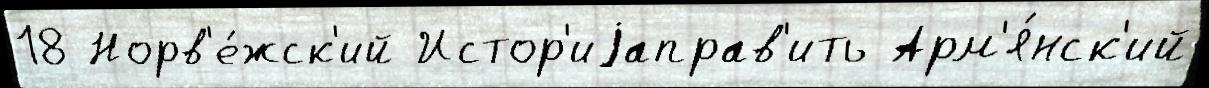
18 Норв'е́жск'ий Истор'иjаправ'ить Арм'я́нск'ий